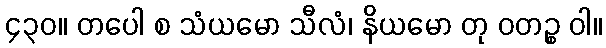
၄၃၀။ တပေါ စ သံယမော သီလံ၊ နိယမော တု ဝတဉ္စ ဝါ။